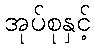
အုပ်စုနှင့်